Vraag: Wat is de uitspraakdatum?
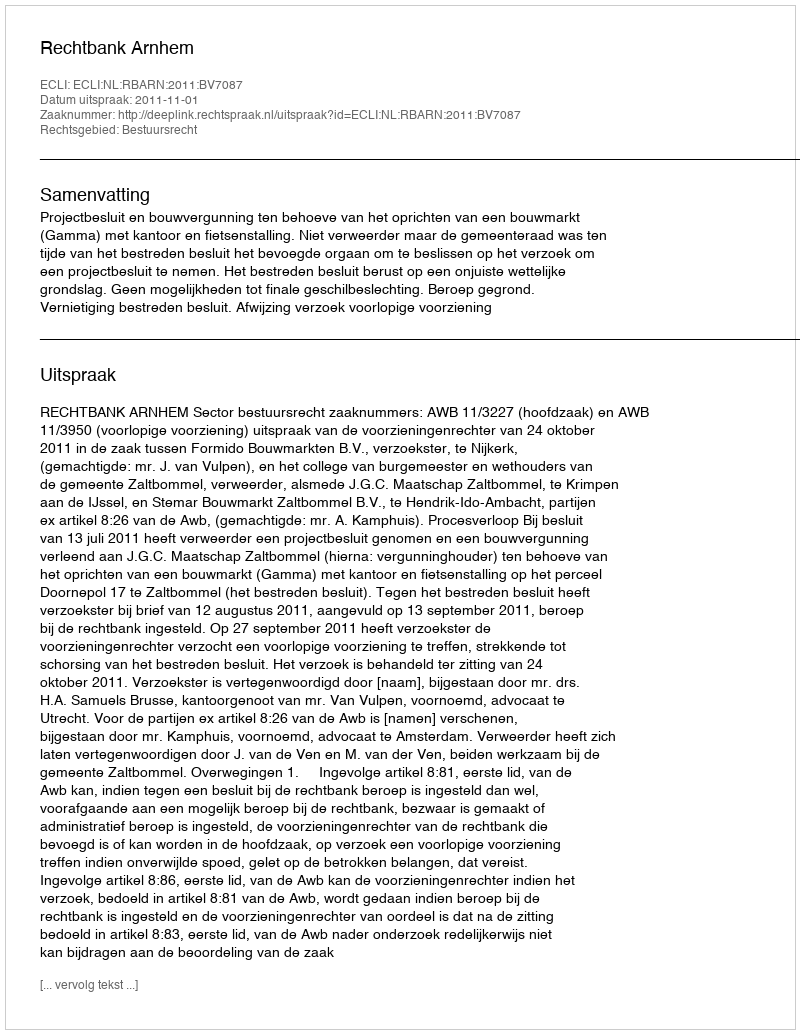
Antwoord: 2011-11-01